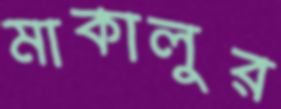
মাকালুর